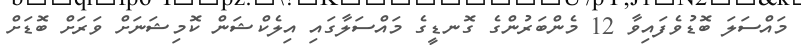
މައްސަލަ ބޮޑުވެފައިވާ 12 މެންބަރުންގެ ގޮނޑީގެ މައްސަލާގައި އިލެކްޝަން ކޮމިޝަނަށް ވަރަށް ބޮޑަށް